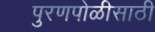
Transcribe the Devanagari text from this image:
पुरणपोळीसाठी